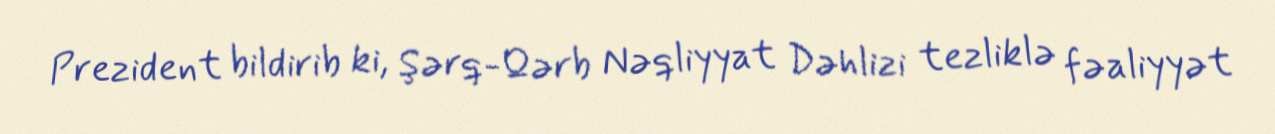
Prezident bildirib ki, Şərq-Qərb Nəqliyyat Dəhlizi tezliklə fəaliyyət